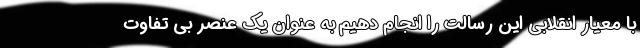
با معیار انقلابی این رسالت را انجام دهیم به عنوان یک عنصر بی تفاوت